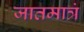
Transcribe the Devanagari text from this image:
जातमात्रं